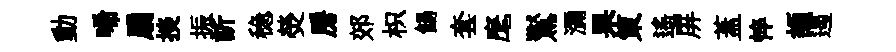
動唏扇掞振訢稳熒房郊枳餳套麾鸑瀰果策遙屏蓋悴頡遏